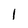
Character: 1